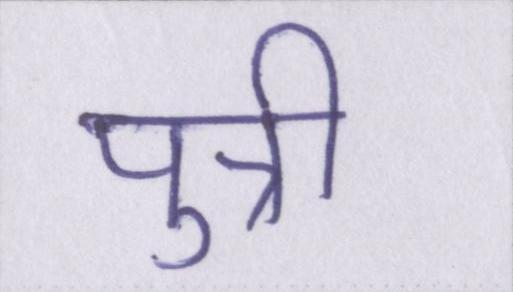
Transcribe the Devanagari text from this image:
पुत्री